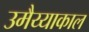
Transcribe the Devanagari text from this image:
उमैय्याकाल